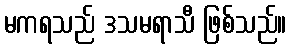
မကရသည် ဒသမရာသီ ဖြစ်သည်။